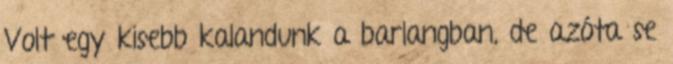
Volt egy kisebb kalandunk a barlangban, de azóta se